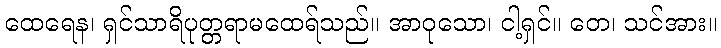
ထေရေန၊ ရှင်သာရိပုတ္တရာမထေရ်သည်။ အာဝုသော၊ ငါ့ရှင်။ တေ၊ သင်အား။